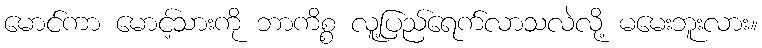
မောင်ကာ မောင့်သားကို ဘာကိစ္စ လူ့ပြည်ရေက်လာသလဲလို့ မမေးဘူးလား။